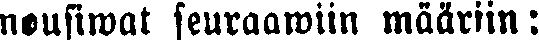
nousiwat seuraawiin määriin: